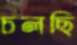
চলছি